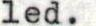
led.